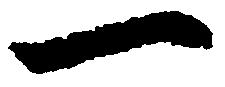
一